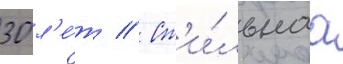
30 л'е́т // Ст'и́льнаа